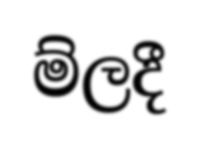
ම්ලදී